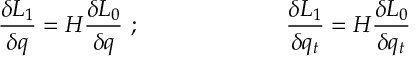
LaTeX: { \frac { \delta L _ { 1 } } { \delta q } } = { \cal H } { \frac { \delta L _ { 0 } } { \delta q } } ~ ; ~ ~ ~ ~ ~ ~ ~ ~ ~ ~ ~ ~ ~ ~ ~ ~ ~ ~ ~ { \frac { \delta L _ { 1 } } { \delta q _ { t } } } = { \cal H } { \frac { \delta L _ { 0 } } { \delta q _ { t } } } \nonumber